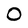
Character: O